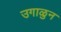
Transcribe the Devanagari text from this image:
उगाळुन